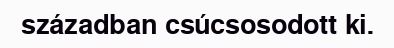
században csúcsosodott ki.